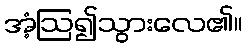
အံ့ဩ၍သွားလေ၏။